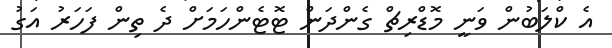
އެ ކްލަބުން ވަނީ މޮޑްރިޗް ގެންދަން ޓޮޓެންހަމަށް ދެ ތިން ފަހަރު އަގު